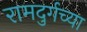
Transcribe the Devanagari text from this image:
रामदुर्गच्या